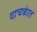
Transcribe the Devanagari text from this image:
वाचकांत